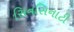
સિનસિનાટી